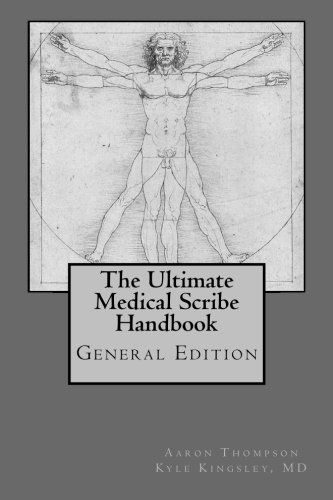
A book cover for Ultimate Medical Scribe Handbook: General Edition; Kyle Kingsley MD; Medical Books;